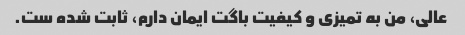
عالی، من به تمیزی و کیفیت باگت ایمان دارم، ثابت شده ست.